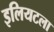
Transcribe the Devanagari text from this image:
इलियटला